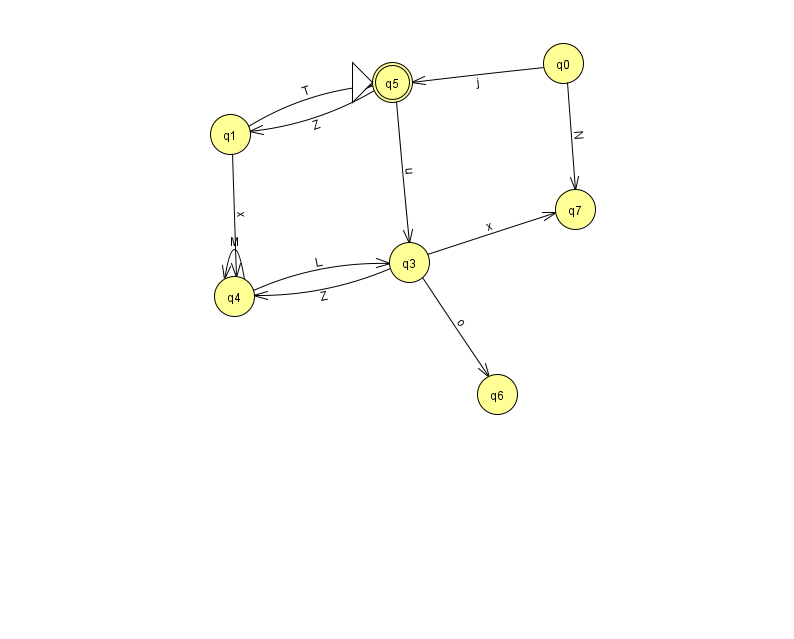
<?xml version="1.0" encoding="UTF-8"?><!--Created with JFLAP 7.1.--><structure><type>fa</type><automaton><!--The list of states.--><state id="0" name="q0"><x>563.0</x><y>50.0</y></state><state id="1" name="q1"><x>230.0</x><y>121.0</y></state><state id="3" name="q3"><x>409.0</x><y>249.0</y></state><state id="4" name="q4"><x>234.0</x><y>283.0</y></state><state id="5" name="q5"><x>392.0</x><y>69.0</y><initial/><final/></state><state id="6" name="q6"><x>497.0</x><y>381.0</y></state><state id="7" name="q7"><x>575.0</x><y>196.0</y></state><!--The list of transitions.--><transition><from>3</from><to>7</to><read>x</read></transition><transition><from>1</from><to>5</to><read>T</read></transition><transition><from>3</from><to>6</to><read>o</read></transition><transition><from>5</from><to>3</to><read>u</read></transition><transition><from>0</from><to>7</to><read>N</read></transition><transition><from>1</from><to>4</to><read>x</read></transition><transition><from>3</from><to>4</to><read>Z</read></transition><transition><from>0</from><to>5</to><read>j</read></transition><transition><from>4</from><to>4</to><read>M</read></transition><transition><from>4</from><to>3</to><read>L</read></transition><transition><from>5</from><to>1</to><read>Z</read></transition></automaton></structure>